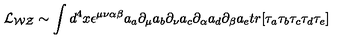
{ \cal { L } _ { W Z } } \sim \int d ^ { 4 } x \epsilon ^ { \mu \nu \alpha \beta } a _ { a } \partial _ { \mu } a _ { b } \partial _ { \nu } a _ { c } \partial _ { \alpha } a _ { d } \partial _ { \beta } a _ { e } t r [ \tau _ { a } \tau _ { b } \tau _ { c } \tau _ { d } \tau _ { e } ]